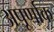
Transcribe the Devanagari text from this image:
अपूर्णाक